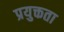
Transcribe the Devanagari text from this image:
प्रयुक्तता